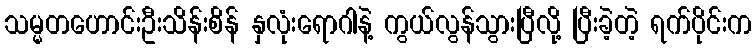
သမ္မတဟောင်းဦးသိန်းစိန် နှလုံးရောဂါနဲ့ ကွယ်လွန်သွားပြီလို့ ပြီးခဲ့တဲ့ ရက်ပိုင်းက